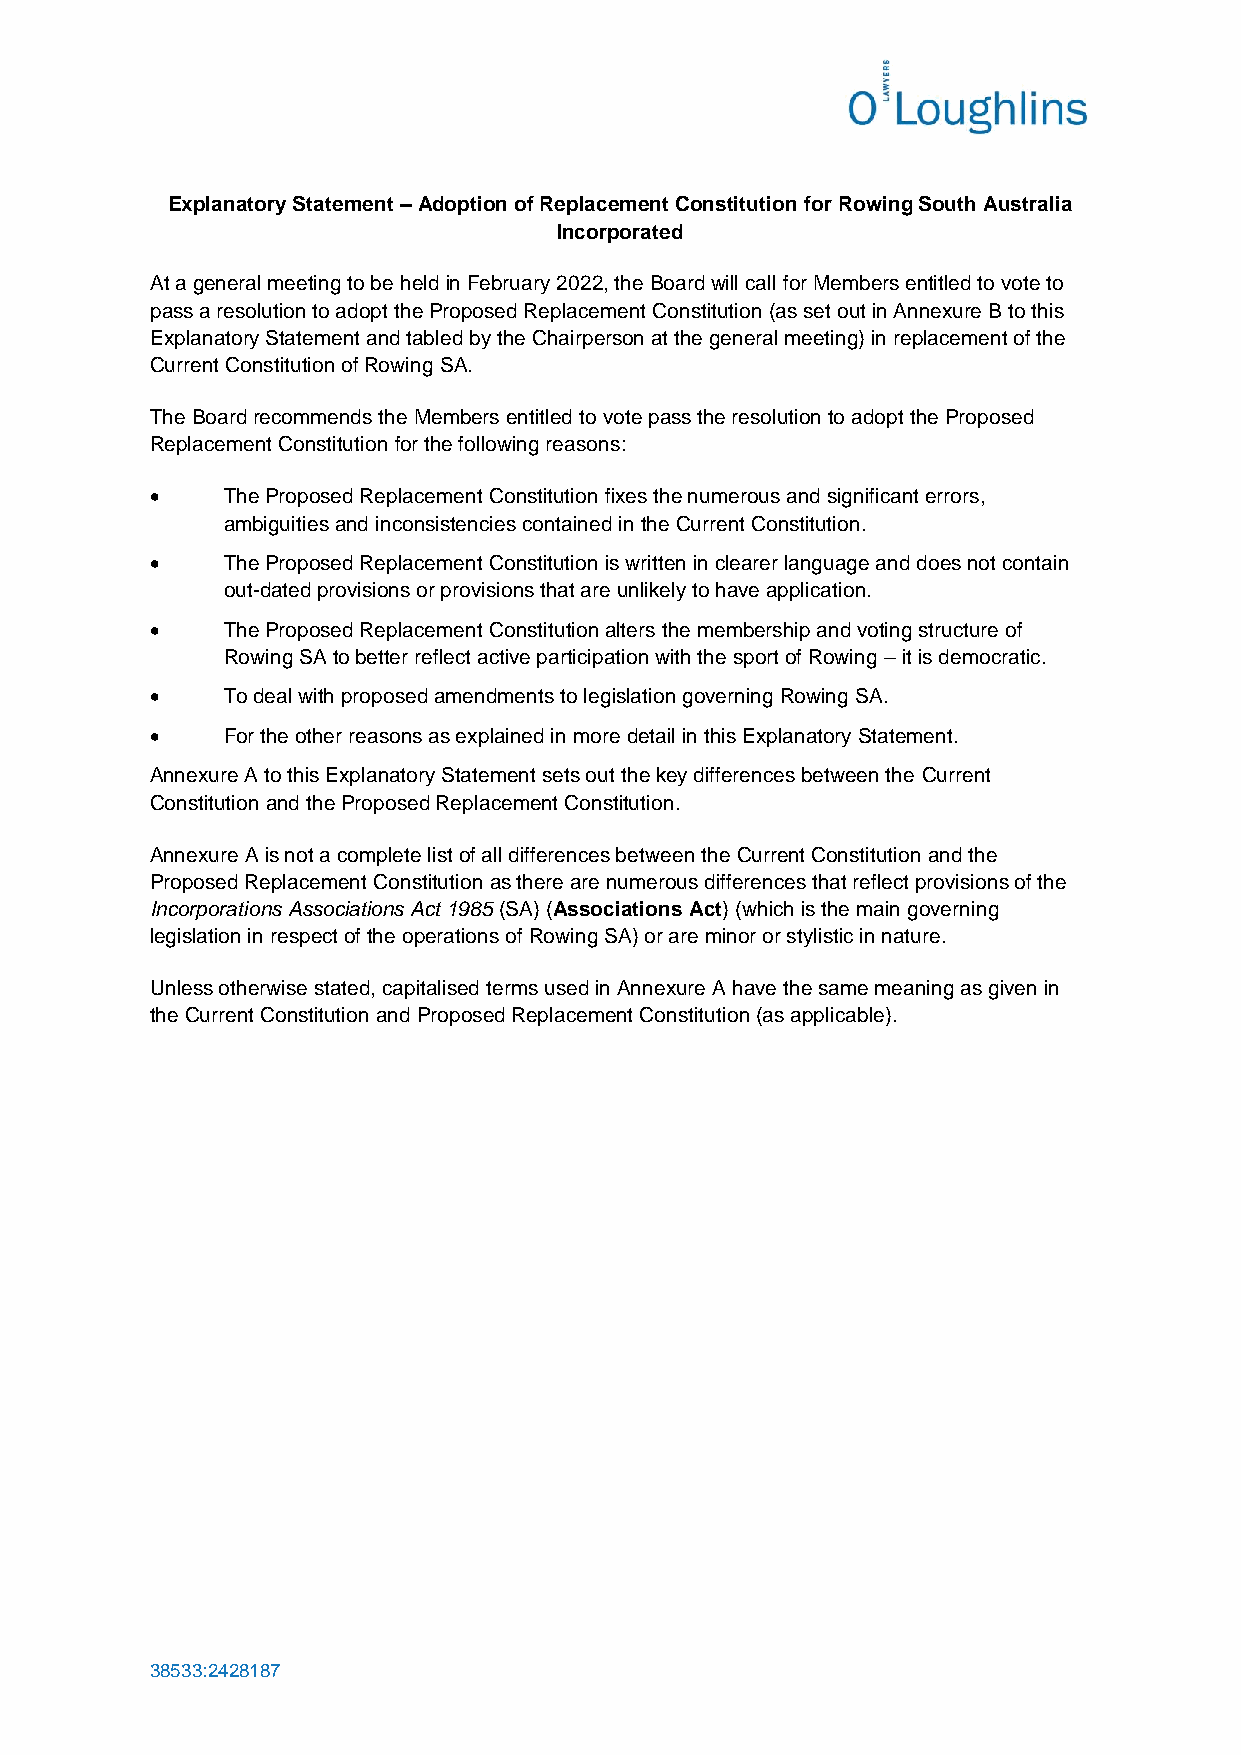
Explanatory Statement – Adoption of Replacement Constitution for Rowing South Australia
 Incorporated
 At a general meeting to be held in February 2022, the Board will call for Members entitled to vote to
 pass a resolution to adopt the Proposed Replacement Constitution (as set out in Annexure B to this
 Explanatory Statement and tabled by the Chairperson at the general meeting) in replacement of the
 Current Constitution of Rowing SA.
 The Board recommends the Members entitled to vote pass the resolution to adopt the Proposed
 Replacement Constitution for the following reasons:
 •    The Proposed Replacement Constitution fixes the numerous and significant errors,
 ambiguities and inconsistencies contained in the Current Constitution.
 •    The Proposed Replacement Constitution is written in clearer language and does not contain
 out-dated provisions or provisions that are unlikely to have application.
 •    The Proposed Replacement Constitution alters the membership and voting structure of
 Rowing SA to better reflect active participation with the sport of Rowing – it is democratic.
 •    To deal with proposed amendments to legislation governing Rowing SA.
 •    For the other reasons as explained in more detail in this Explanatory Statement.
 Annexure A to this Explanatory Statement sets out the key differences between the Current
 Constitution and the Proposed Replacement Constitution.
 Annexure A is not a complete list of all differences between the Current Constitution and the
 Proposed Replacement Constitution as there are numerous differences that reflect provisions of the
 Incorporations Associations Act 1985 (SA) (Associations Act) (which is the main governing
 legislation in respect of the operations of Rowing SA) or are minor or stylistic in nature.
 Unless otherwise stated, capitalised terms used in Annexure A have the same meaning as given in
 the Current Constitution and Proposed Replacement Constitution (as applicable).
 38533:2428187